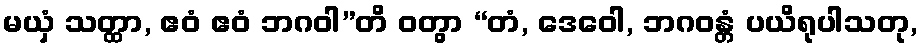
မယှံ သတ္ထာ, ဧဝံ ဧဝံ ဘဂဝါ”တိ ဝတွာ “တံ, ဒေဝေါ, ဘဂဝန္တံ ပယိရုပါသတု,